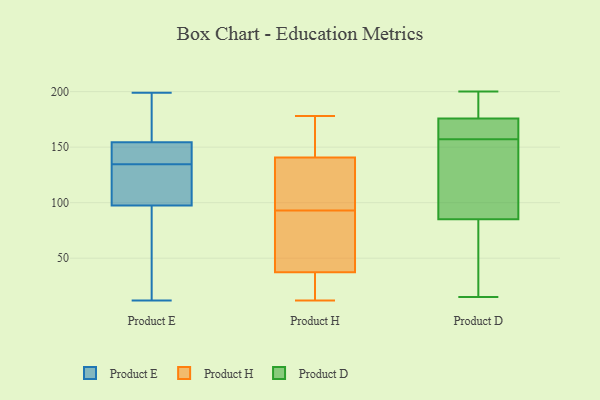
{"axis": {"x": "Demand Index", "y": "Value"}, "legend": ["Product D", "Product E", "Product H"], "data": [{"x": "", "y": 100, "type": "Product E"}, {"x": "", "y": 22, "type": "Product E"}, {"x": "", "y": 12, "type": "Product E"}, {"x": "", "y": 148, "type": "Product E"}, {"x": "", "y": 129, "type": "Product E"}, {"x": "", "y": 149, "type": "Product E"}, {"x": "", "y": 140, "type": "Product E"}, {"x": "", "y": 188, "type": "Product E"}, {"x": "", "y": 130, "type": "Product E"}, {"x": "", "y": 55, "type": "Product E"}, {"x": "", "y": 95, "type": "Product E"}, {"x": "", "y": 199, "type": "Product E"}, {"x": "", "y": 139, "type": "Product E"}, {"x": "", "y": 121, "type": "Product E"}, {"x": "", "y": 160, "type": "Product E"}, {"x": "", "y": 193, "type": "Product E"}, {"x": "", "y": 12, "type": "Product H"}, {"x": "", "y": 28, "type": "Product H"}, {"x": "", "y": 89, "type": "Product H"}, {"x": "", "y": 176, "type": "Product H"}, {"x": "", "y": 126, "type": "Product H"}, {"x": "", "y": 173, "type": "Product H"}, {"x": "", "y": 65, "type": "Product H"}, {"x": "", "y": 114, "type": "Product H"}, {"x": "", "y": 178, "type": "Product H"}, {"x": "", "y": 22, "type": "Product H"}, {"x": "", "y": 93, "type": "Product H"}, {"x": "", "y": 145, "type": "Product H"}, {"x": "", "y": 128, "type": "Product H"}, {"x": "", "y": 17, "type": "Product H"}, {"x": "", "y": 77, "type": "Product H"}, {"x": "", "y": 157, "type": "Product D"}, {"x": "", "y": 129, "type": "Product D"}, {"x": "", "y": 78, "type": "Product D"}, {"x": "", "y": 167, "type": "Product D"}, {"x": "", "y": 200, "type": "Product D"}, {"x": "", "y": 97, "type": "Product D"}, {"x": "", "y": 81, "type": "Product D"}, {"x": "", "y": 172, "type": "Product D"}, {"x": "", "y": 162, "type": "Product D"}, {"x": "", "y": 193, "type": "Product D"}, {"x": "", "y": 177, "type": "Product D"}, {"x": "", "y": 192, "type": "Product D"}, {"x": "", "y": 53, "type": "Product D"}, {"x": "", "y": 144, "type": "Product D"}, {"x": "", "y": 15, "type": "Product D"}]}